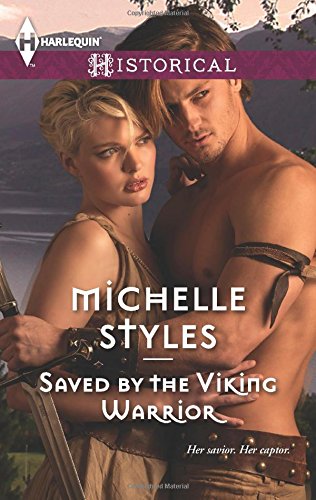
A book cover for Saved by the Viking Warrior (Harlequin Historical); Michelle Styles; Romance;